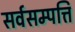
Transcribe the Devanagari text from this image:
सर्वसम्पत्ति